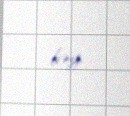
bəy.